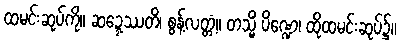
ထမင်းဆုပ်ကို။ ဆဍ္ဍေဿတိ၊ စွန့်လတ္တံ့။ တသ္မိံ ပိဏ္ဍေ၊ ထိုထမင်းဆုပ်၌။